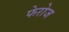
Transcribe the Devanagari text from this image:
फेरोज